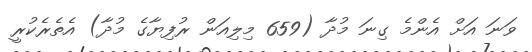
ވަނަ އަށް އެންމެ ގިނަ މުދާ (659 މިލިއަން ރުފިޔާގެ މުދާ) އެތެރެކުރީ